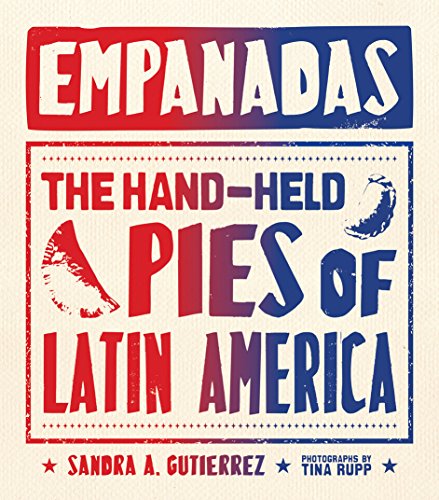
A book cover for Empanadas: The Hand-Held Pies of Latin America; Sandra Gutierrez; Cookbooks, Food & Wine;